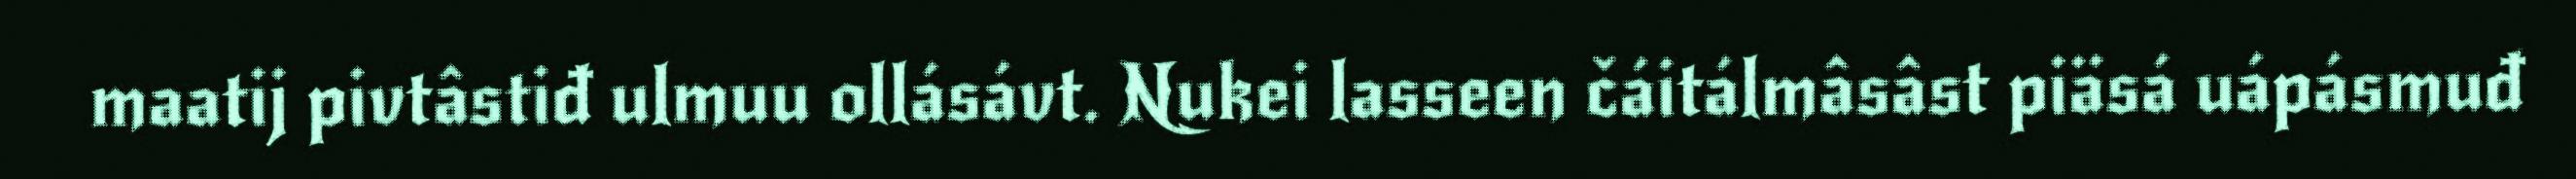
maatij pivtâstiđ ulmuu ollásávt. Nukei lasseen čáitálmâsâst piäsá uápásmuđ